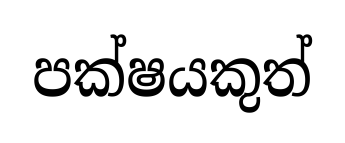
පක්ෂයකුත්